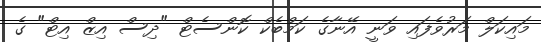
މައިކަލް މަރުވެފައި ވަނީ އޭނާގެ ކަމްބެކް ކޮންސެޓް "ދިސް އިޒް އިޓް" ގެ